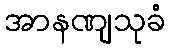
အာနဏျသုခံ